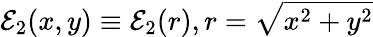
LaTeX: \mathcal{E}_{2}(x,y)\equiv\mathcal{E}_{2}(r),r=\sqrt{x^{2}+y^{2}}